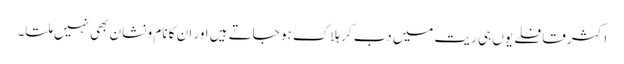
اکثر قافلے یوں ہی ریت میں دب کر ہلاک ہو جاتے ہیں اور ان کا نام و نشان بھی نہیں ملتا۔